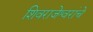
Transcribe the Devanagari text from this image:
शिवराजेश्वरांचे